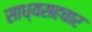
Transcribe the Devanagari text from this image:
साध्यसहचार